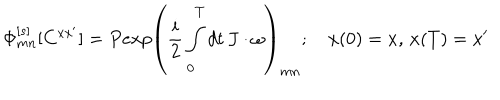
LaTeX: \Phi _ { m n } ^ { [ s ] } [ C ^ { x x ^ { \prime } } ] = P e x p \left( { \frac { i } { 2 } } \int _ { 0 } ^ { T } d t \, J \cdot \omega \right) _ { m n } ; \quad x ( 0 ) = x , \, x ( T ) = x ^ { \prime }